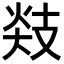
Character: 𪯅